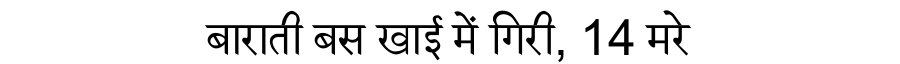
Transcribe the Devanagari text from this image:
बाराती बस खाई में गिरी, 14 मरे